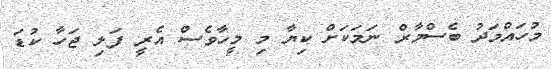
މުހައްމަދު ބެސްމާރް ނަމަކަށް ކިޔާ މި މީހާވެސް އެރީ ފަލި ޖަހާ ކުޑަ